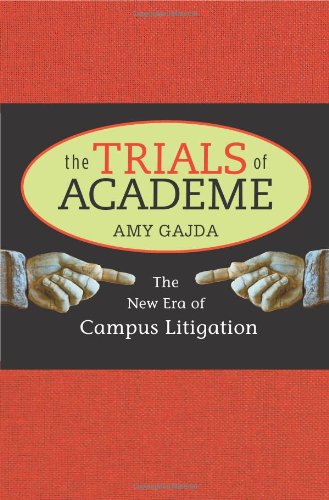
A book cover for The Trials of Academe: The New Era of Campus Litigation; Amy Gajda; Law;